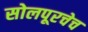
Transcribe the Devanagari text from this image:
सोलपूरचेच